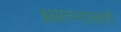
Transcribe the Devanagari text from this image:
॥आनन्दलहरी